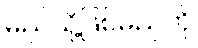
မည်သို့ဖြစ်မည်ကို